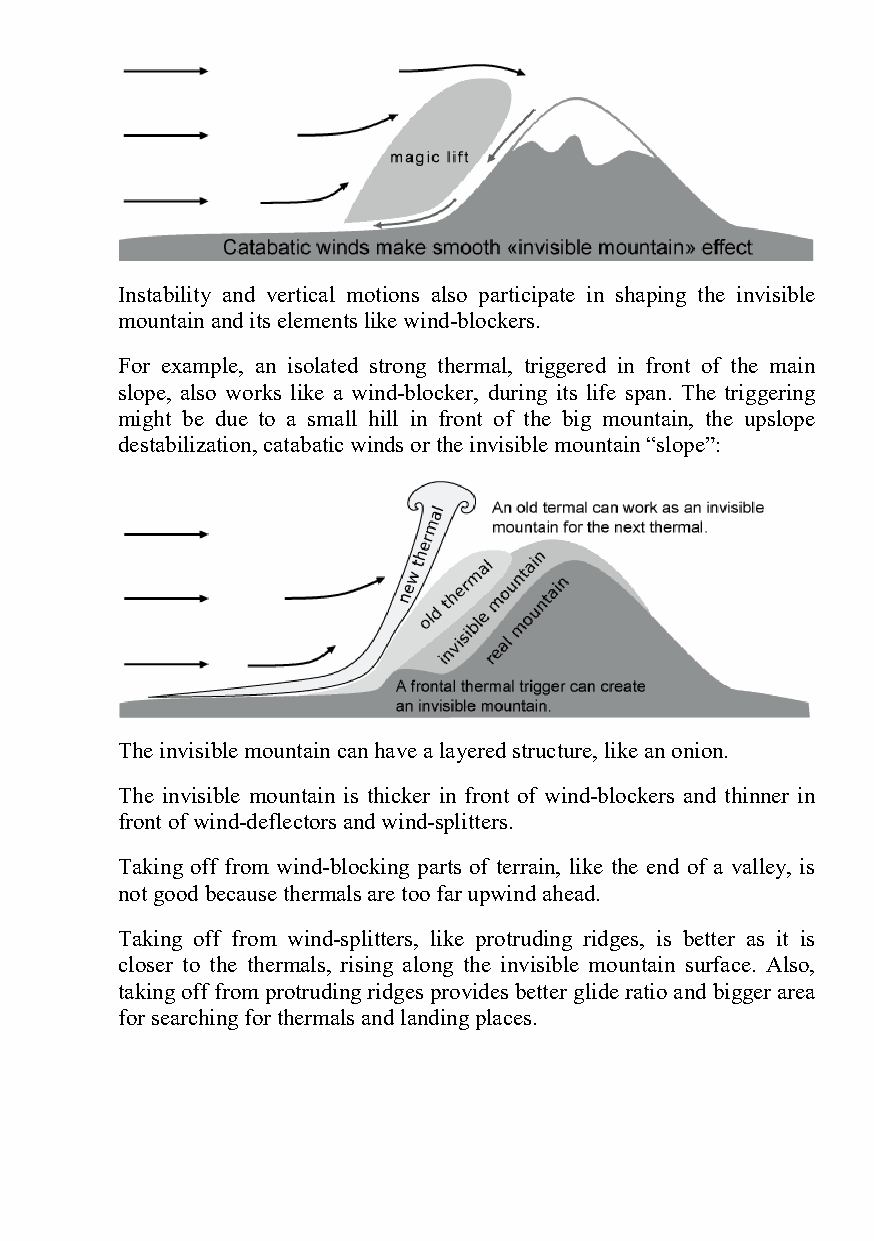
Instability and vertical motions also participate in shaping the invisible
 mountain and its elements like wind-blockers.
 For example, an isolated strong thermal, triggered in front of the main
 slope, also works like a wind-blocker, during its life span. The triggering
 might be due to a small hill in front of the big mountain, the upslope
 destabilization, catabatic winds or the invisible mountain “slope”:
 The invisible mountain can have a layered structure, like an onion.
 The invisible mountain is thicker in front of wind-blockers and thinner in
 front of wind-deflectors and wind-splitters.
 Taking off from wind-blocking parts of terrain, like the end of a valley, is
 not good because thermals are too far upwind ahead.
 Taking off from wind-splitters, like protruding ridges, is better as it is
 closer to the thermals, rising along the invisible mountain surface. Also,
 taking off from protruding ridges provides better glide ratio and bigger area
 for searching for thermals and landing places.